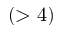
( > 4 )